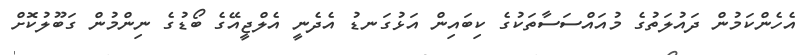
އެހެންކަމުން ދައުލަތުގެ މުއައްސަސާތަކުގެ ކިބައިން އަޅުގަނޑު އެދެނީ އެލްޖީއޭގެ ބޯޑުގެ ނިންމުން ގަބޫލުކޮށް